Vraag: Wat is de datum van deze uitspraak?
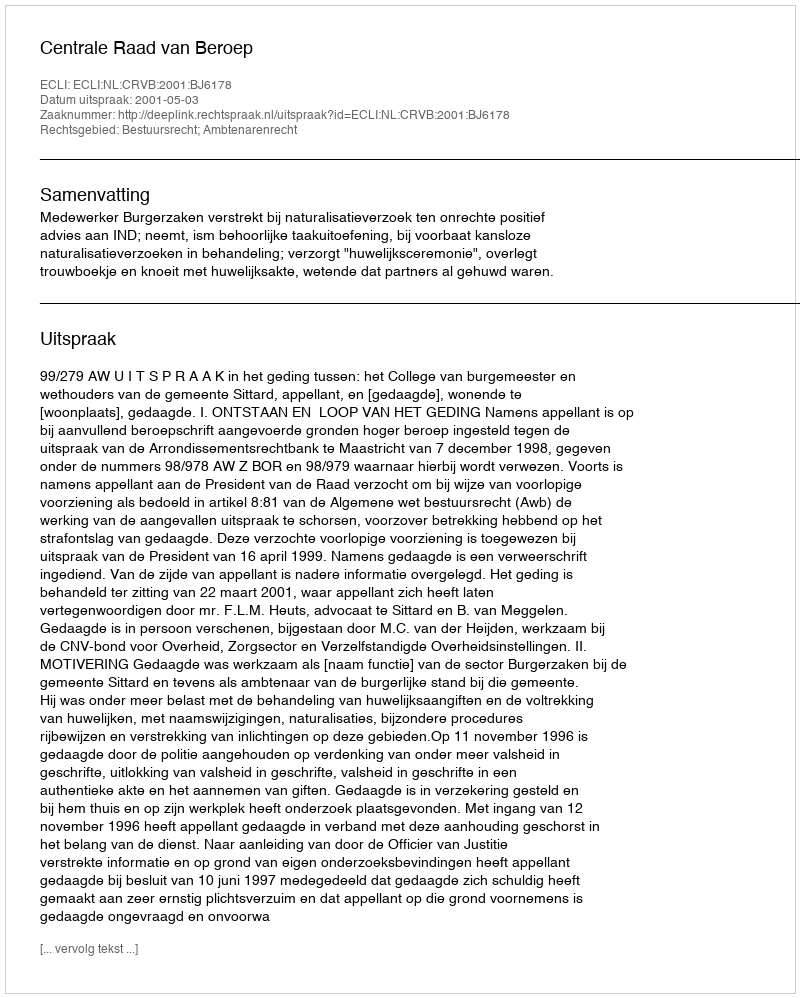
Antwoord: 2001-05-03